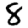
Digit: 8